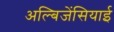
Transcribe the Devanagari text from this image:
अल्बिजेंसियाई